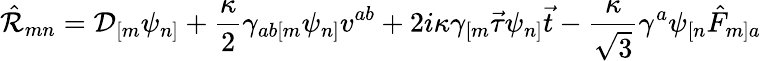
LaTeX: \hat{\cal R}_{mn}={\cal D}_{[m}\psi_{n]}+\frac{\kappa}{2}\gamma_{ab[m}\psi_{n]}v^{ab}+2i\kappa\gamma_{[m}\vec{\tau}\psi_{n]}\vec{t}-\frac{\kappa}{\sqrt{3}}\gamma^{a}\psi_{[n}\hat{F}_{m]a}